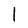
Character: l